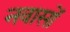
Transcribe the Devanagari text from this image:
नवासों